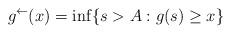
LaTeX: \begin{align*}g^{\leftarrow}(x)=\inf\{s>A: g(s)\geq x\}\end{align*}